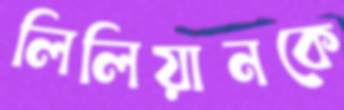
লিলিয়ানকে